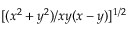
[ ( x ^ { 2 } + y ^ { 2 } ) / x y ( x - y ) ] ^ { 1 / 2 }